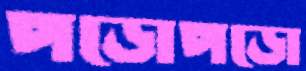
পড়োপড়ো